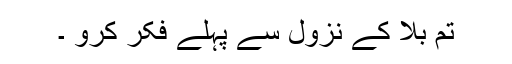
تم بلا کے نزول سے پہلے فکرِ کرو ۔